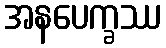
အနပေက္ခဿ